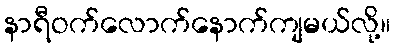
နာရီဝက်လောက်နောက်ကျမယ်လို့။